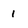
Character: i